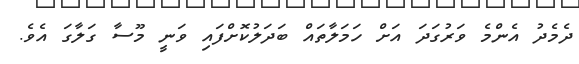
ދެމެދު އެންމެ ވަރުގަދަ އަށް ހަމަލާތައް ބަދަލުކޮށްފައި ވަނީ މޫސާ ގަލާގަ އެވެ.